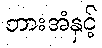
ဘားအံနှင့်